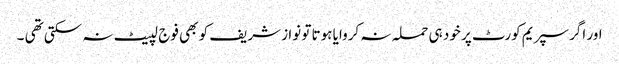
اور اگر سپریم کورٹ پر خود ہی حملہ نہ کروایا ہوتا تو نوا ز شریف کو بھی فوج لپیٹ نہ سکتی تھی ۔